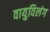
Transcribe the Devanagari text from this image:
वायुविलंग